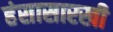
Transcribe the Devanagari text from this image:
हंसासारखी